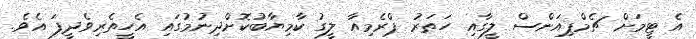
އެ ޓީމަށް ޗެމްޕިއަންސް ލީގާއި ހަތަރު ޕްރެމިއާ ލީގު ކާމިޔާބުކޮށްދިނުމުގައި އެހީތެރިވެދީފަ އެވެ.